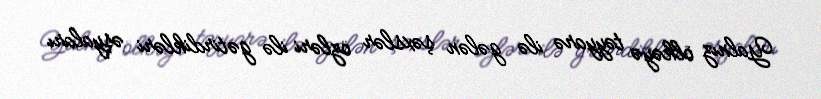
Yalnız ölkəyə təyyarə ilə gələn şəxslər özləri ilə gətirdikləri əşyaları